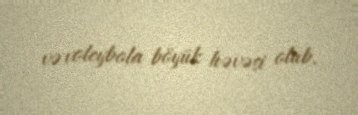
və voleybola böyük həvəsi olub.